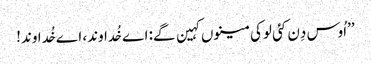
’’اُوس دِن کئی لوکی مینوں کہین گے: اے خُداوند، اے خُداوند!